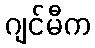
ဂျင်မီက